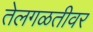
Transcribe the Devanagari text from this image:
तेलगळतीवर